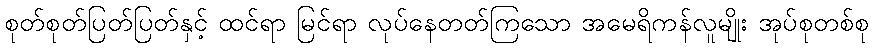
စုတ်စုတ်ပြတ်ပြတ်နှင့် ထင်ရာ မြင်ရာ လုပ်နေတတ်ကြသော အမေရိကန်လူမျိုး အုပ်စုတစ်စု